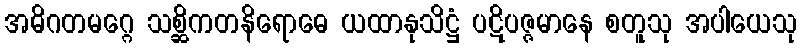
အဓိဂတမဂ္ဂေ သစ္ဆိကတနိရောဓေ ယထာနုသိဋ္ဌံ ပဋိပဇ္ဇမာနေ စတူသု အပါယေသု